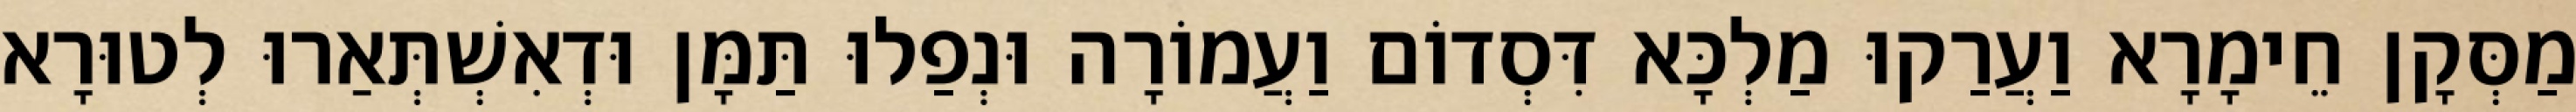
מַסְּקָן חֵימָרָא וַעֲרַקוּ מַלְכָּא דִּסְדוֹם וַעֲמוֹרָה וּנְפַלוּ תַּמָּן וּדְאִשְׁתְּאַרוּ לְטוּרָא